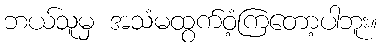
ဘယ်သူမှ အသံမထွက်ဝံ့ကြတော့ပါဘူး။